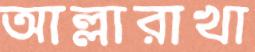
আল্লারাখা